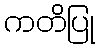
ကတိပြု